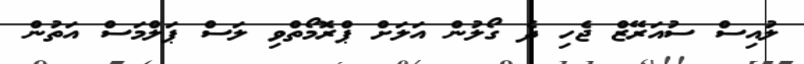
ލުއިސް ސުއަރޭޒް ޖެހި ދެ ގޯލުން އަލަށް ޕްރޮމޯތްވި ލަސް ޕަލްމަސް އަތުން